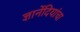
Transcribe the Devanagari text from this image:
ज्ञानेंदियांचा